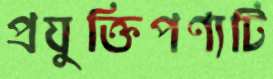
প্রযুক্তিপণ্যটি